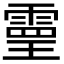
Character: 𩄇